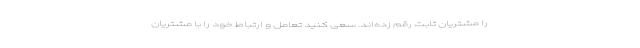
را مشتریان ثابت رقم زده‌اند. سعی کنید تعامل و ارتباط خود را با مشتریان